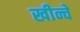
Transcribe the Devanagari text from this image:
खीन्चे